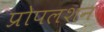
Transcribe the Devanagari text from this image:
प्रोपलशन